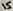
Text: 15